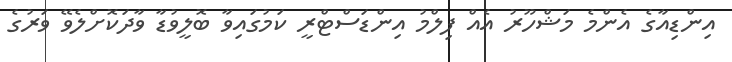
އިންޑިއާގެ އެންމެ މަޝްހޫރު އެއް ފިލްމު އިންޑަސްޓްރީ ކަމުގައިވާ ބޮލީވުޑާ ވާދަކޮށްލެވޭ ވަރުގެ